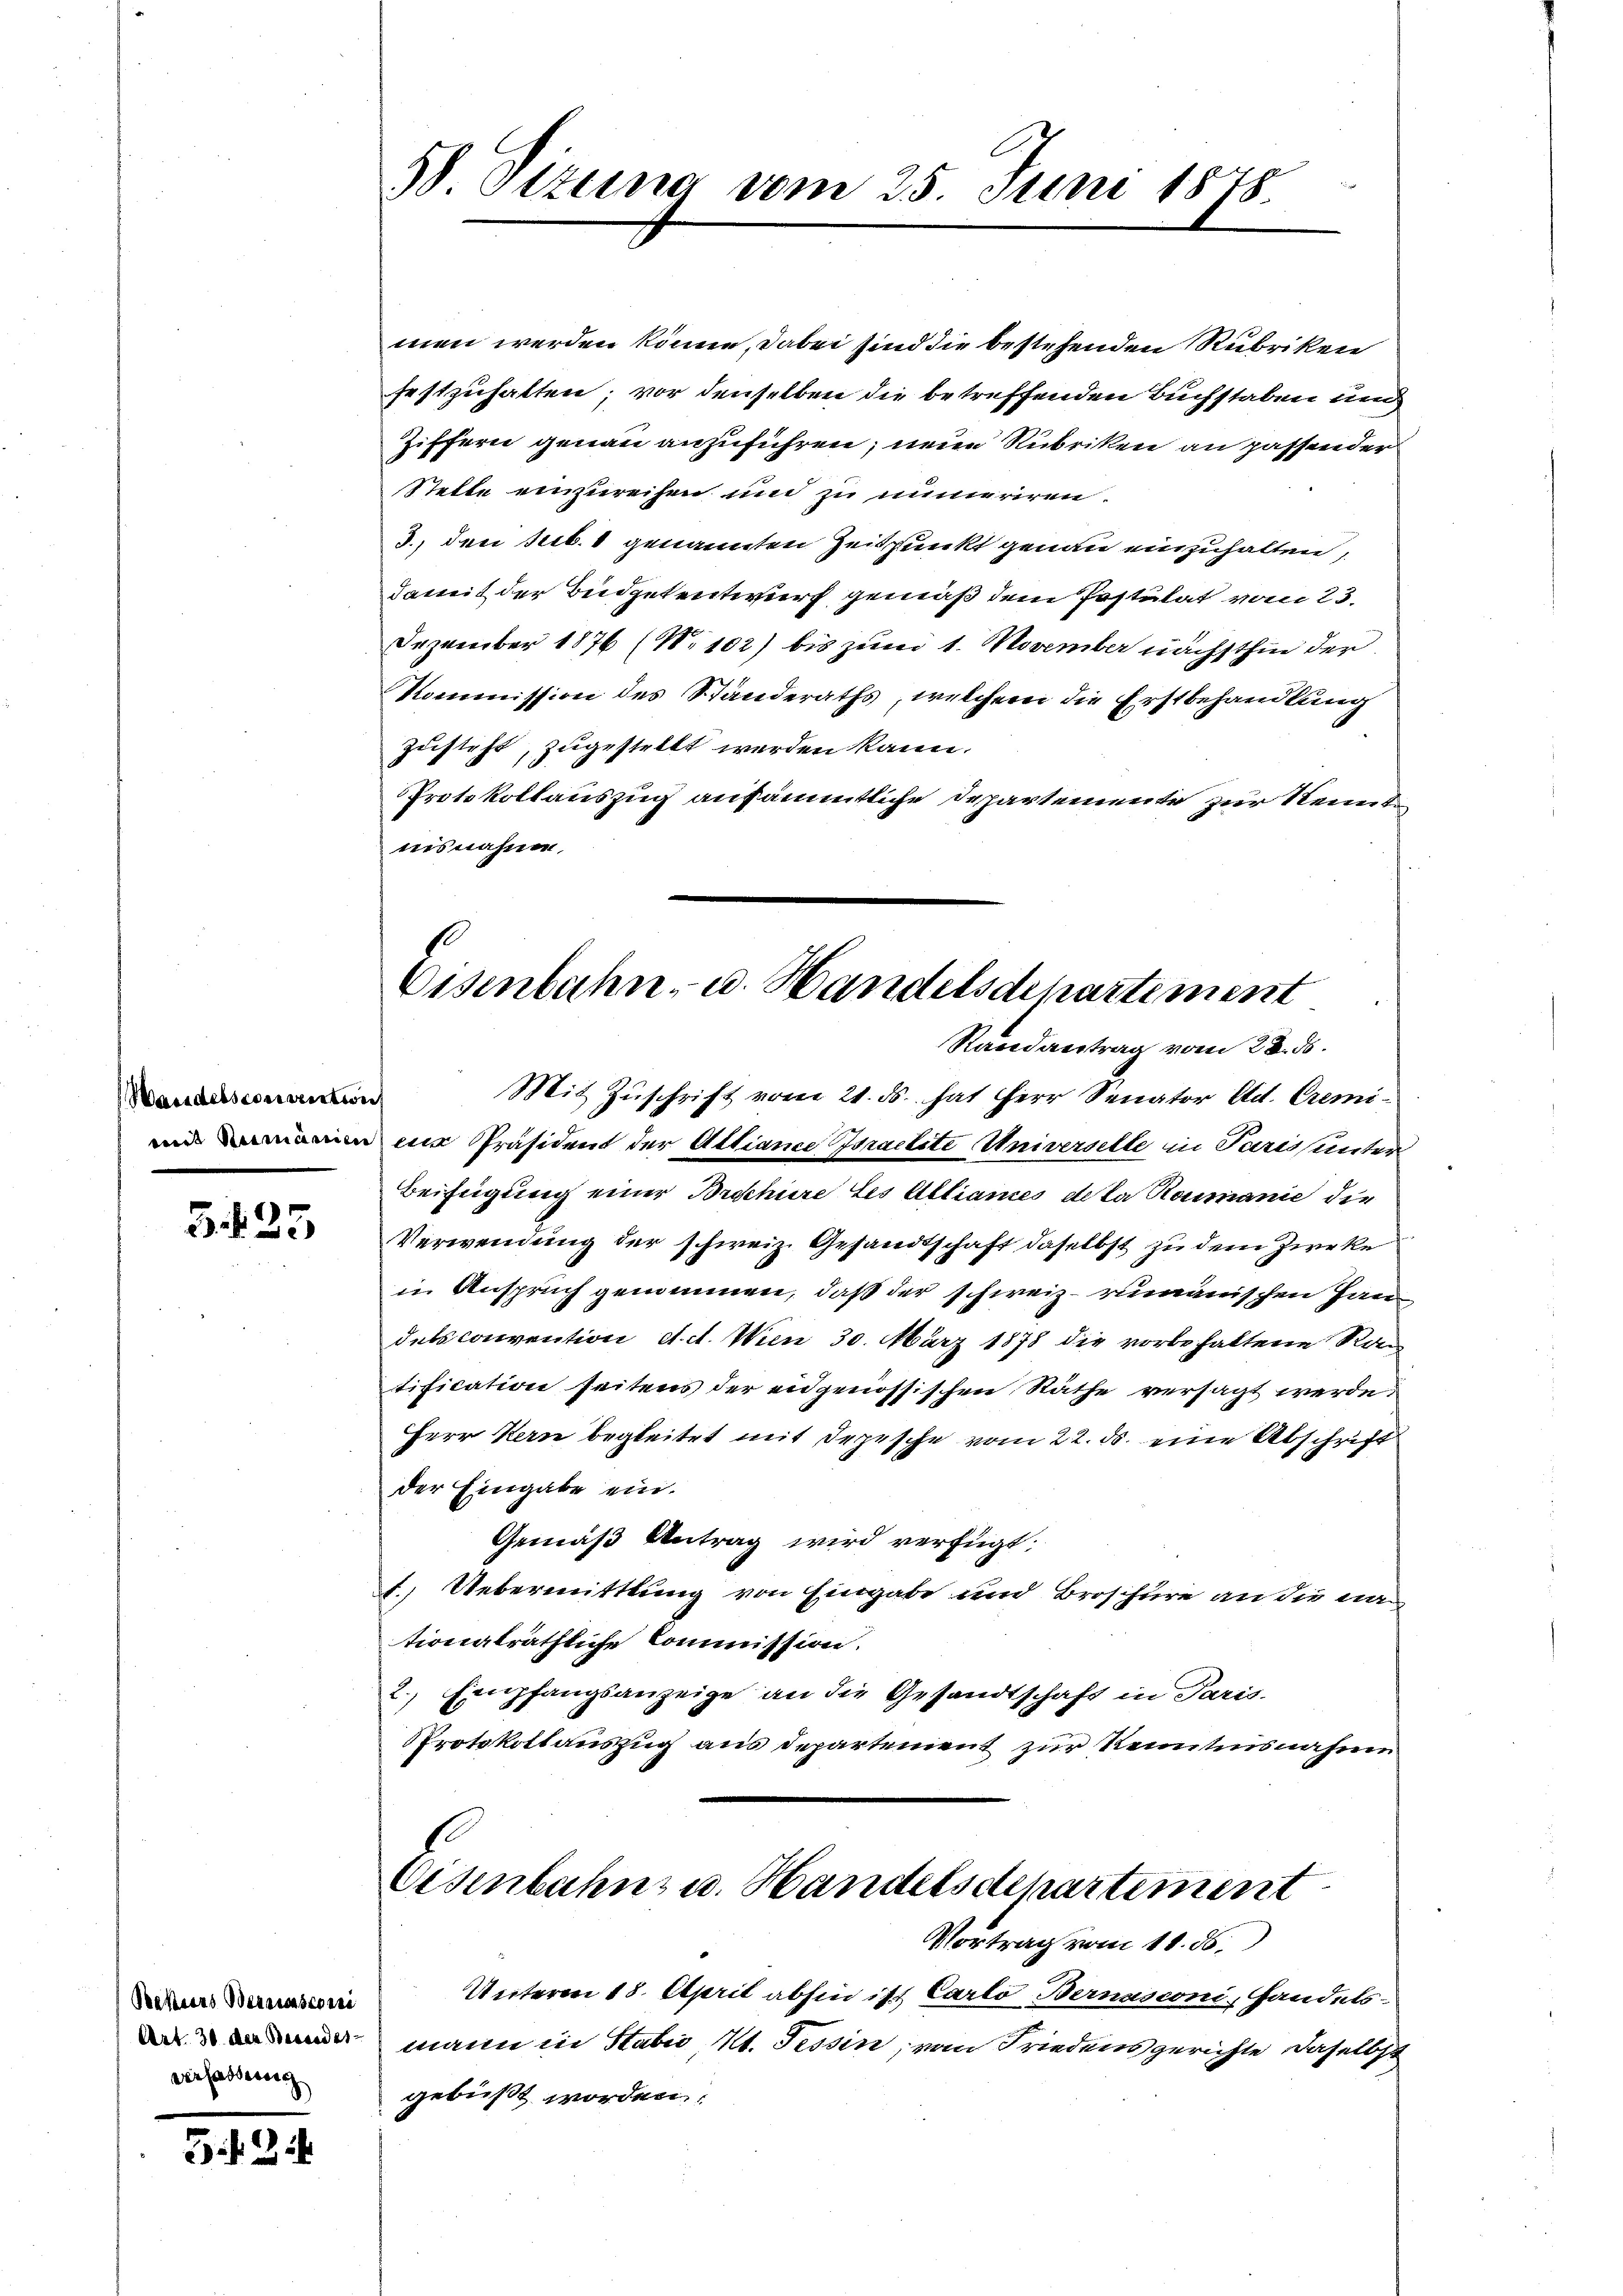
Wandelsconvention
mit Rumänien

S.135

Bakteres Berausconi
Art. 30. Der Besondes
verfasserung

524

3 Sizung vom 25. Juni 1875.

men werden könne, dabei sind die bestehenden Rubriken
festzuhalten; vor denselben die betreffenden Buchstaben und
Ziffern genau anzuführen, neue Rubriken an passender
Stelle einzureisen und zu numeriren.
3., den sub. 1 genannten Zeitpunkt genau einzuhalten,
damit der Budgetentwurf gemäß dem Postulat vom 23.
Dezember 1876 (N. 102) bis zum 1. November nächsthin der
Kommission des Standeraths, welchem die Erstbehandlung
zusteht, zugestellt werden kann.
Protokollauszug ausämmtliche Departemente zur Kennt
nisnahme.

Eisenbahn u. Handelsdepartement
Randantrag vom 28. ds.

Mit Zŭschrift vom 21. ds. hat Herr Senator Ed. Cremi-
eis Präsident der Alliance Israelite Universelle in Paris unter
Beifügung einer Brochüre Les Alliames deta Romanie die
Verwendung der schweiz. Gesandtschaft daselbst zu dem Zweke
in Anspruch genommen, daß der schweiz. rumänischen Handels convention d. d. Wien 30. März 1878 die vorbehaltene Rac
tification seitens der eidgenössischen Räthe versagt werde.
Herr Kern begleitet mit Depesche vom 22. ds. eine Abschrift
der Eingabe ein.
Gemäß Antrag wird verfügt:
1. Uebermittlung von Eingabe und Broschüre an die na
tionalräthliche Commission.
2. Empfangsanzeige an die Gesandtschaft in Paris.
Protokollauszug aus Departement zur Renntnisnahme
Eisenbahns u. Handelsdepartement
Vortrag vom 11. ds.
Unterm 18. April abhin ist Carlo Bernasconi, Handels-
mann in Stabić, M. Tessin, von Friedensgerichte daselbst
gebüßt worden